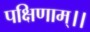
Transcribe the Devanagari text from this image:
पक्षिणाम्।।